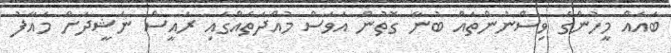
ބައެއް މީހުންގެ ވިސްނުންތައް ބުނާ ގޮތުން އަވަސް މުއްދަތެއްގައި ރައީސް ނަޝީދަށް މައާފު